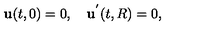
{ \bf u } ( t , 0 ) = 0 , \quad { \bf u } ^ { ' } ( t , R ) = 0 { , }